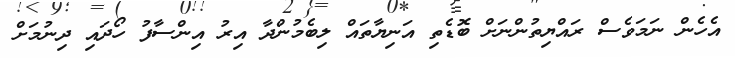
އެހެން ނަމަވެސް ރައްޔިތުންނަށް ބޮޑެތި އަނިޔާތައް ލިބެމުންދާ އިރު އިންސާފު ހޯދައި ދިނުމަށް